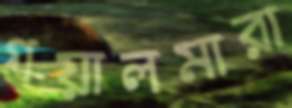
গয়ালমারা